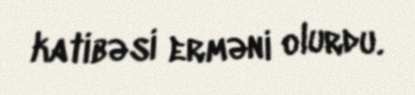
katibəsi erməni olurdu.